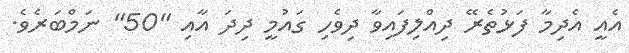
އެއީ އެދިމާ ފަޅުތެރޭ ދިއްލިފައިވާ ދިވެހި ގައުމީ ދިދަ އާއި "50" ނަމްބަރެވެ.